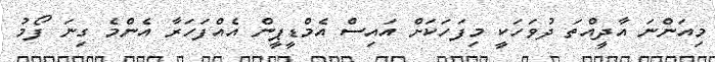
މިއަންނަ އާދީއްތަ ދުވަހަކީ މިފަހަކަށް އައިސް އެމްޑީޕީން އެއްފަހަރާ އެންމެ ގިނަ ފޯމު